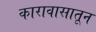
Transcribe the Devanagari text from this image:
कारावासातून